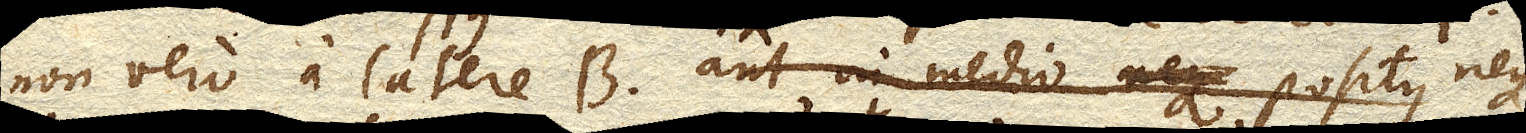
non vero a latere B. aut in medio positus neque